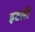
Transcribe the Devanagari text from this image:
इटली